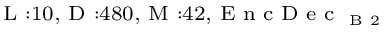
_ { \textrm { L } : 1 0 , \textrm { D } : 4 8 0 , \textrm { M } : 4 2 , \textrm { E n c D e c } _ { \textrm { B } 2 } }